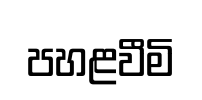
පහළවීමි